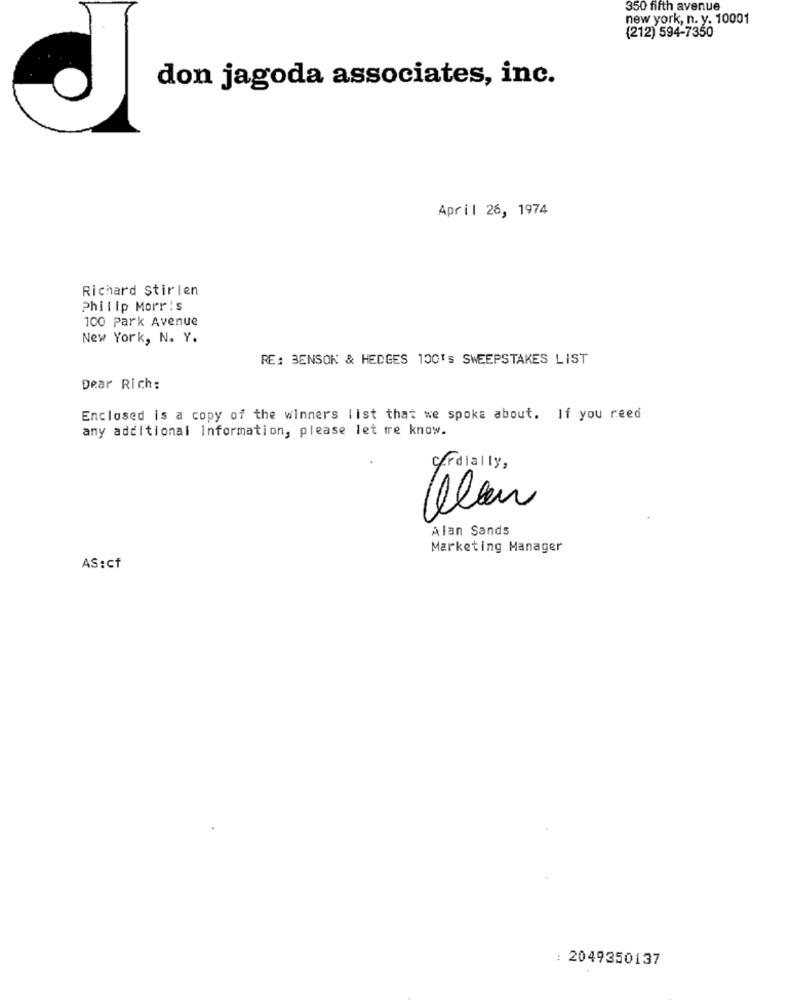
350 fifth avenue
new york, n. y. 10001
(212) 594-7350
don jagoda associates, inc.
April 26, 1974
Richard Stirlen
Philip Morris
100 Park Avenue
New York, N. Y.
RE: BENSOK & HEDGES 100's SWEEPSTAKES LIST
Dear Rich:
Enclosed is a copy of the winners list that we spoke about. If you reed
any additional information, please let me know.
Cordially,
Alan Sands
Marketing Manager
AS:cf
: 2049350137